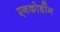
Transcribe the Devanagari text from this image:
एनकोडींग